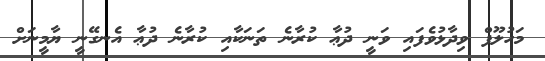
މަހުލޫފް ވިދާޅުވެފައި ވަނީ ދުޢާ ކުރާނެ ތަނަކާއި ކުރާނެ ދުޢާ އެނގޭނީ ޔާމީނަށް